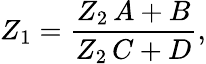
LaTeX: Z_{1}=\frac{Z_{2}\, A+B}{Z_{2}\, C+D},